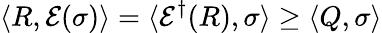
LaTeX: \langle R,{\mathcal{E}}(\sigma)\rangle=\langle{\mathcal{E}}^{\dagger}(R),\sigma\rangle\geq\langle Q,\sigma\rangle